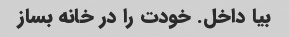
بیا داخل. خودت را در خانه بساز